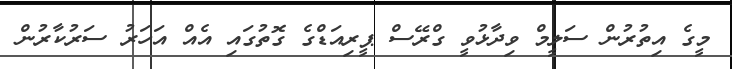
މީގެ އިތުރުން ސަލީމް ވިދާޅުވީ ގްރޭސް ޕީރިއަޑްގެ ގޮތުގައި އެއް އަހަރު ސަރުކާރުން